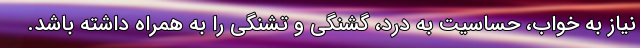
نیاز به خواب، حساسیت به درد، گشنگی و تشنگی را به همراه داشته باشد.